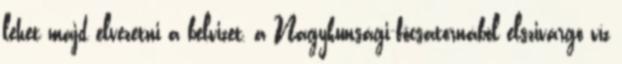
lehet majd elvezetni a belvizet, a Nagykunsági-fõcsatornából elszivárgó víz